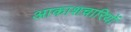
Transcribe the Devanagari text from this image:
आकाशचारियों